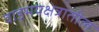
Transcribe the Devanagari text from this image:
वाङ्मयक्षेत्रातील